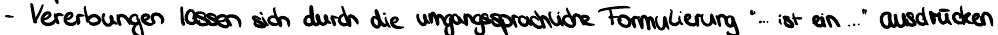
- Vererbungen lassen sich durch die umgangssprachliche Formulierung "... ist ein ..." ausdrücken